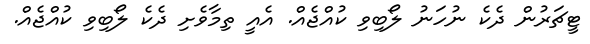
ޓީޗަރުން ދެކެ ނުހަނު ލޯބިވި ކުއްޖެއް. އެއީ ތިމާވެށި ދެކެ ލޯބިވި ކުއްޖެއް.